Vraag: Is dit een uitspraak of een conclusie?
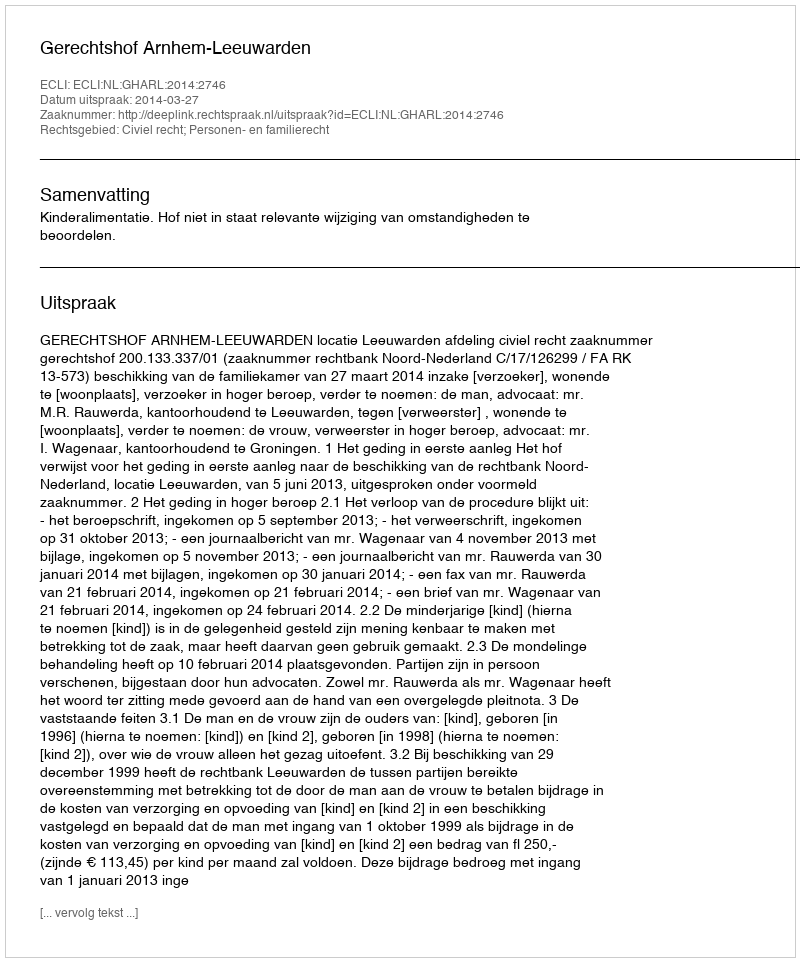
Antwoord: Uitspraak